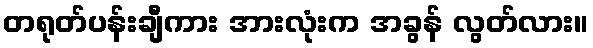
တရုတ်ပန်းချီကား အားလုံးက အခွန် လွတ်လား။